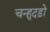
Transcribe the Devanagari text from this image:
चन्हुदड़ो